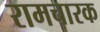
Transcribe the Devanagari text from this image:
रामचारक